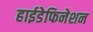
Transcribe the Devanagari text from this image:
हाईडेफिनेशन